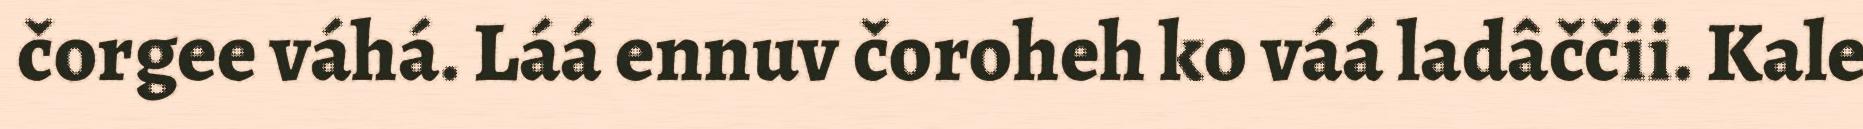
čorgee váhá. Láá ennuv čoroheh ko váá ladâččii. Kale